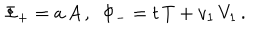
\Phi _ { + } = a \, A \, , \, \, \, \Phi _ { - } = t \, T + v _ { 1 } \, V _ { 1 } \, .